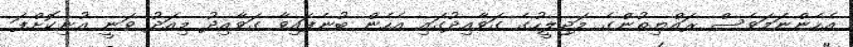
އެހެންނަމަވެސް ރައްޔިތުންގެ މަޖިލީހުގެ ގަވާއިދުގައި އެހެން ބުނެފައިވާ ގަވާއިދު މިއަދު ވަނީ އުނިކޮށްފަ